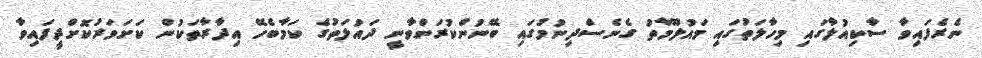
ނެރެފައިވާ ސާކިއުލާގައި މިހާލަތުގައި މައުލޫމާތު ގެނެސްދިނުމުގައި ބޭނުންކުރަންވާނީ ދައުލަތުގެ ކަމާބެހޭ އިދާރާތަކުން ކަށަވަރުކޮށްދީފައިވާ